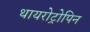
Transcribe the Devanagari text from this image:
थायरोट्रोपिन